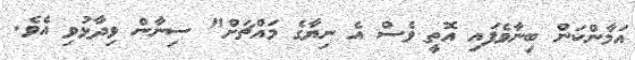
އަމާންކަން ބިނާވެފައި އޮތީ ވެސް އެ ނިޔާގެ މައްޗަށް" ސިނާން ވިދާޅުވި އެވެ.